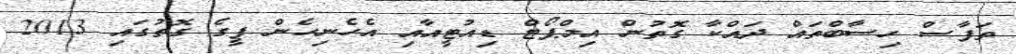
ތަފާސް ހިސާބްތައް ދައްކާ ގޮތުން އިމްޕޯޓް ޑިއުޓީއާއި އެހެނިހެން ފީގެ ގޮތުގައި 2013